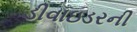
ડીવાઇડરની